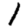
Digit: 1